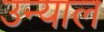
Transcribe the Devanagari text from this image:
उन्याल